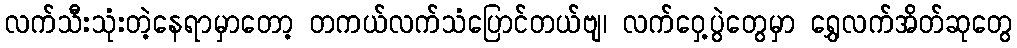
လက်သီးသုံးတဲ့နေရာမှာတော့ တကယ်လက်သံပြောင်တယ်ဗျ၊ လက်ဝှေ့ပွဲတွေမှာ ရွှေလက်အိတ်ဆုတွေ